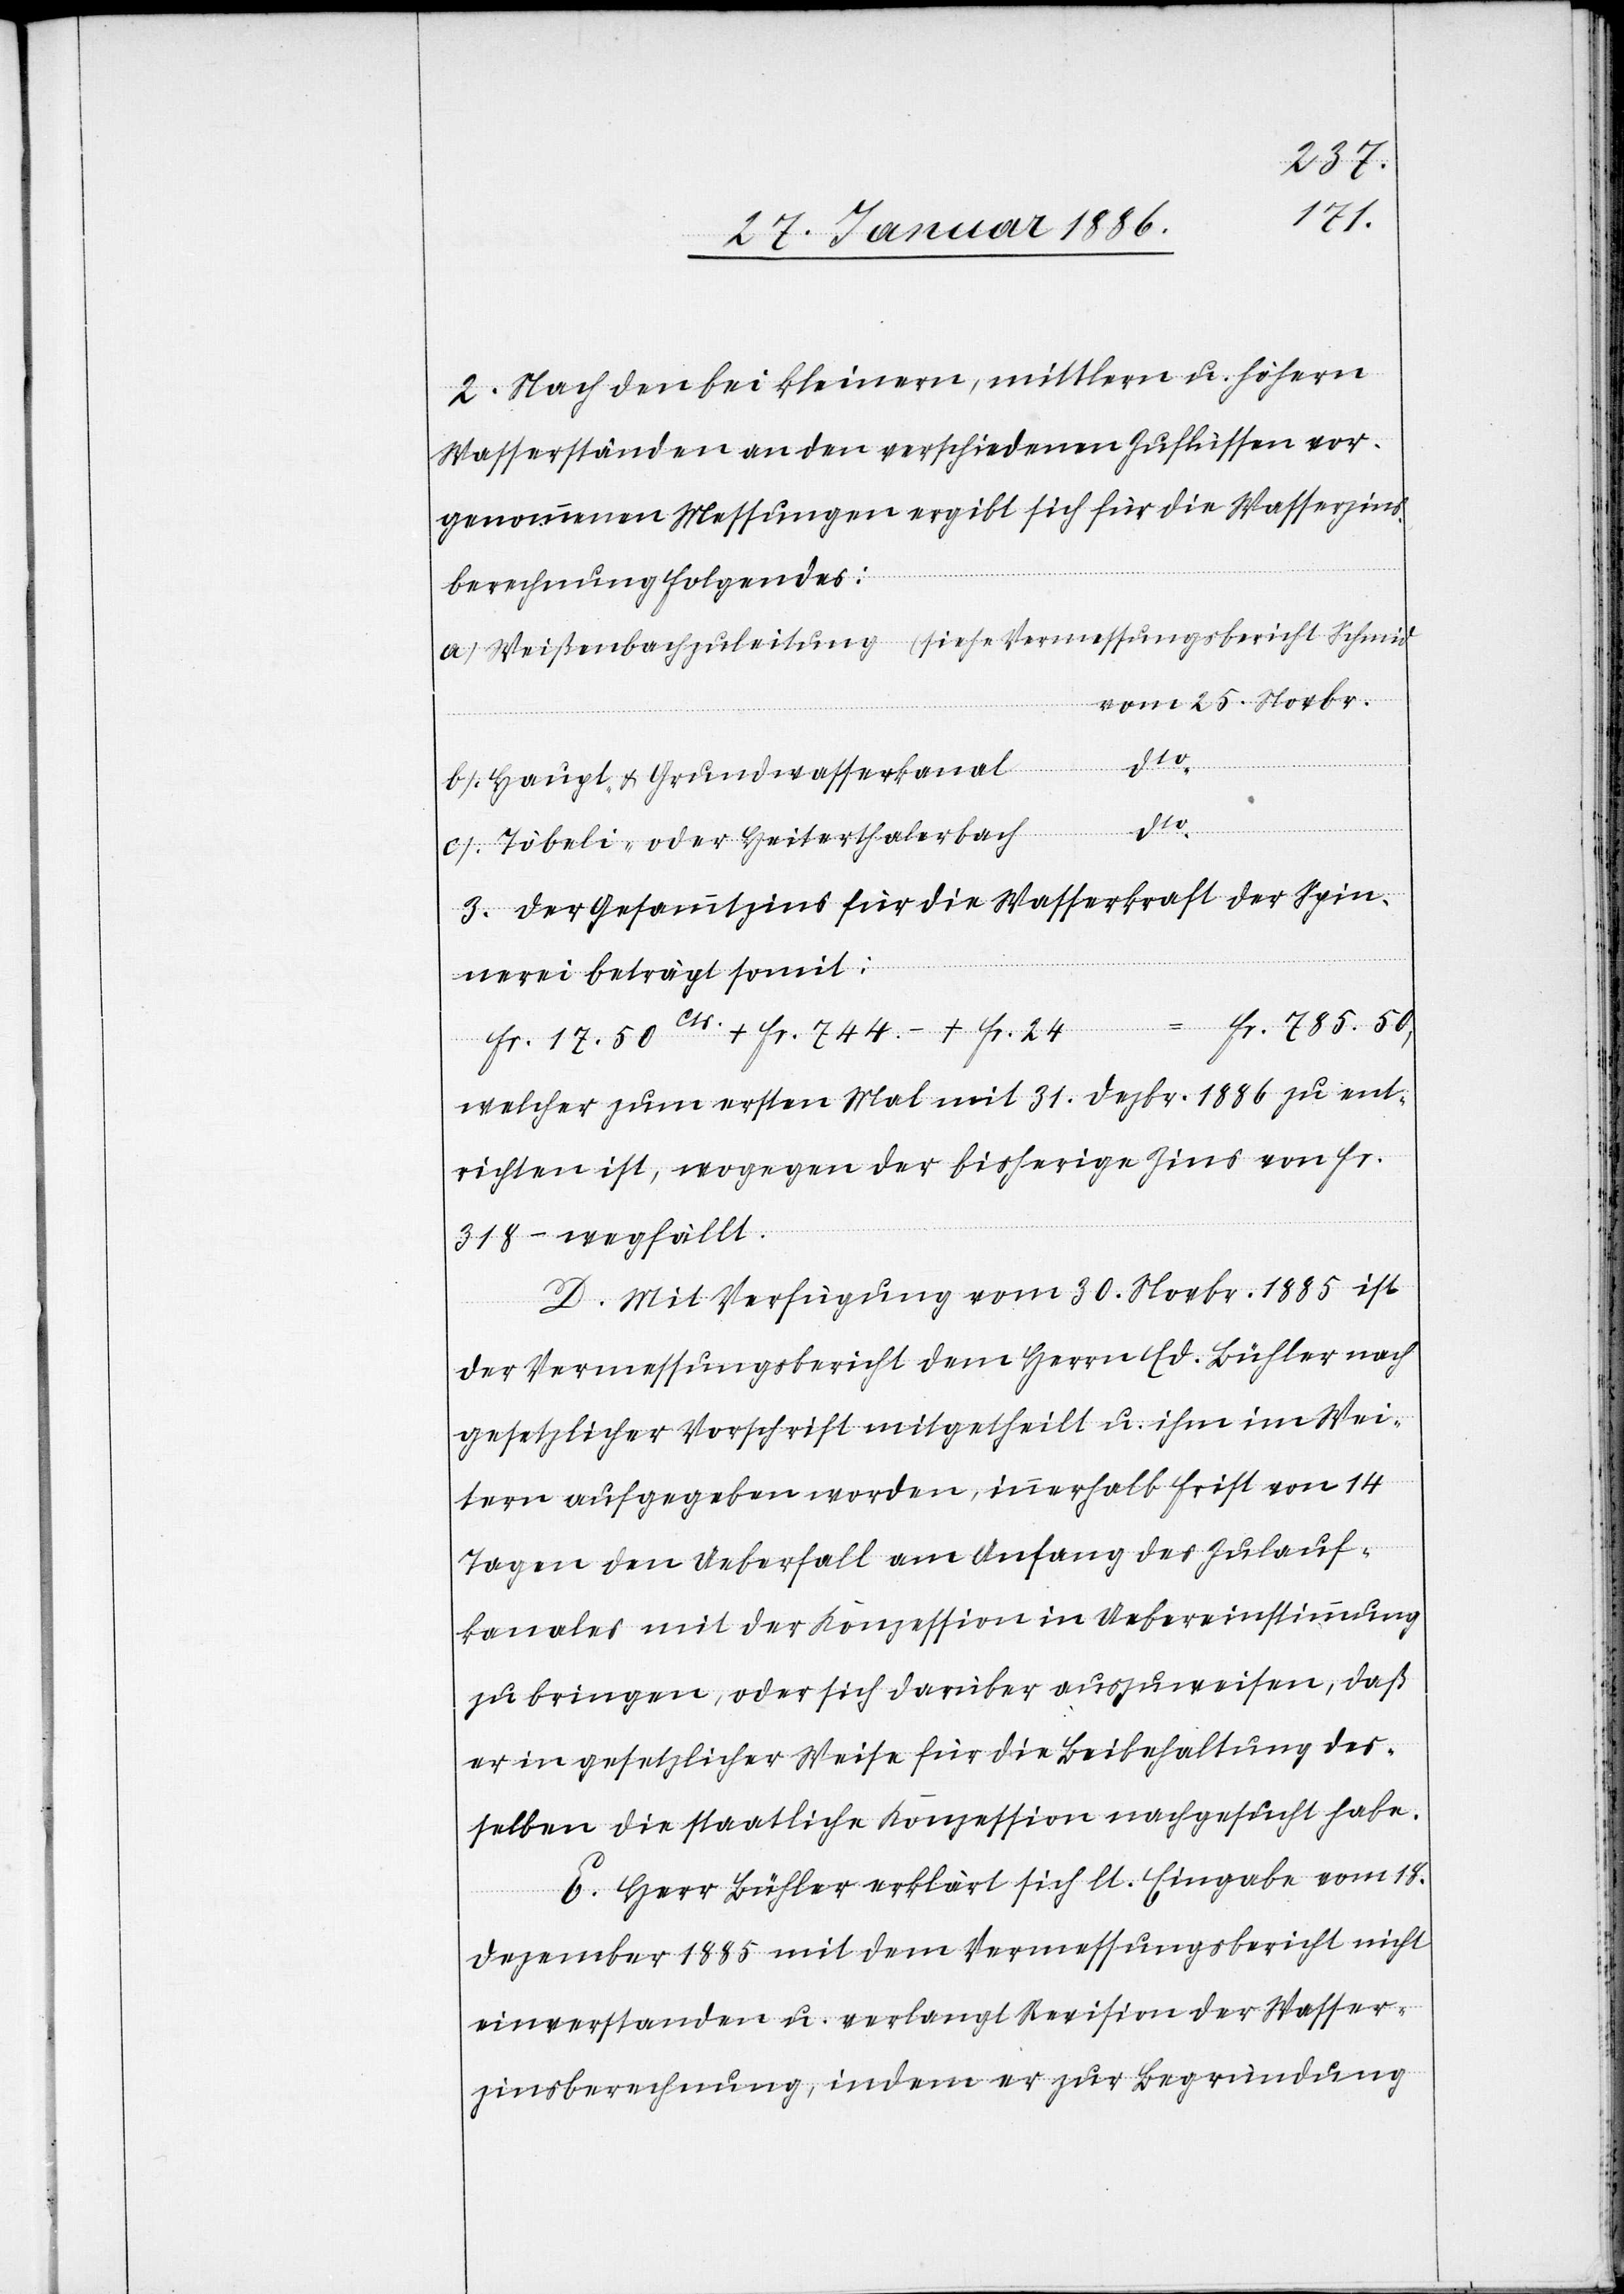
2. Nach den bei kleinern, mittlern u. höhern
Wasserständen an den verschiedenen Zuflüssen vor¬
genommenen Messungen ergibt sich für die Wasserzins¬
berechnung folgendes:
vom 25. Novbr.
b) Haupt- & Grundwasserkanal
achzuleitung
c) Töbeli- oder Heiterthalerbach
3. Der Gesammtzins für die Wasserkraft der Spin¬
nerei beträgt somit:
Fr. 785.50,
Fr. 17. 50 Cts. + Fr. 744.– + Fr. 24
welcher zum ersten Mal mit 31. Dezbr. 1886 zu ent¬
richten ist, wogegen der bisherige Zins von Fr.
318.– wegfällt.
D. Mit Verfügung vom 30. Nobvr. 1885 ist
ungsbericht
der Vermessungsbericht dem Herrn Ed. Bühler nach
gesetzlicher Vorschrift mitgetheilt u. ihm im Wei¬
tern aufgegeben worden, innerhalb Frist von 14
Tagen den Ueberfall am Anfang des Zulauf¬
kanales mit der Konzession in Uebereinstimmung
zu bringen, oder sich darüber auszuweisen, daß
er in gesetzlicher Weise für die Beibehaltung der¬
selben die staatliche Konzession nachgesucht habe.
E. Herr Bühler erklärt sich lt. Eingabe vom 18.
Dezember 1885 mit dem Vermessungsbericht nicht
einverstanden u. verlangt Revision der Wasser¬
zinsberechnung, indem er zur Begründung